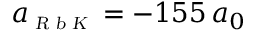
a _ { \scriptscriptstyle \textsl { R b K } } = - 1 5 5 \, a _ { 0 }